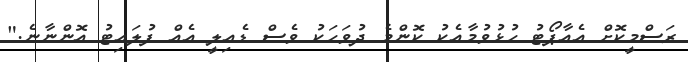
ރަސްމީކޮށް އެއާޕޯޓު ހުޅުވުމާއެކު ކޮންމެ ދުވަހަކު ވެސް ޑެއިލީ އެއް ފުލައިޓު އޮންނާނެ."